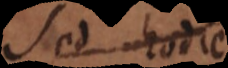
Sed hodie